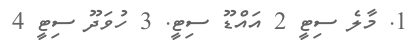
1. މާލެ ސިޓީ 2 އައްޑޫ ސިޓީ. 3 ހުވަދޫ ސިޓީ 4